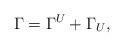
LaTeX: \begin{align*}\Gamma=\Gamma^{U}+\Gamma_U,\end{align*}